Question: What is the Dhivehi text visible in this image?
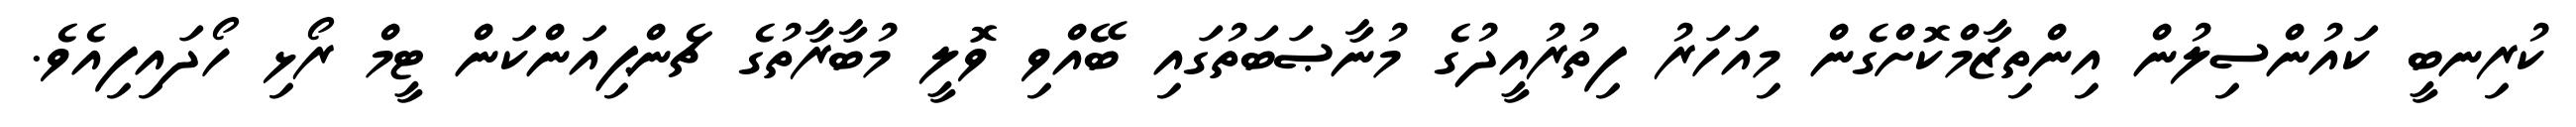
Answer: ކުރިނބީ ކައުންސިލުން އިންތިޒާމްކޮށްގެން މިއަހަރު ފިތުރުއީދުގެ މުނާޞަބަތުގައި ބޭއްވި ވޮލީ މުބާރާތުގެ ޗެންޕިއަންކަން ޓީމް ރޯޅި ހޯދައިފިއެވެ.